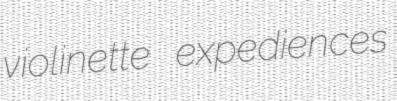
violinette expediences